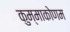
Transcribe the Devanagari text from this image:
कुम्माकोणम